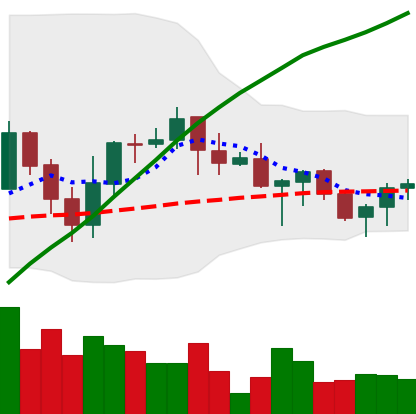
Ticker: ADA-USD
Chart end date: 2021-06-14
Forward return: -11.716%
Label: down_7plus